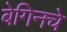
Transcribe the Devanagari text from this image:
बेगिनचे